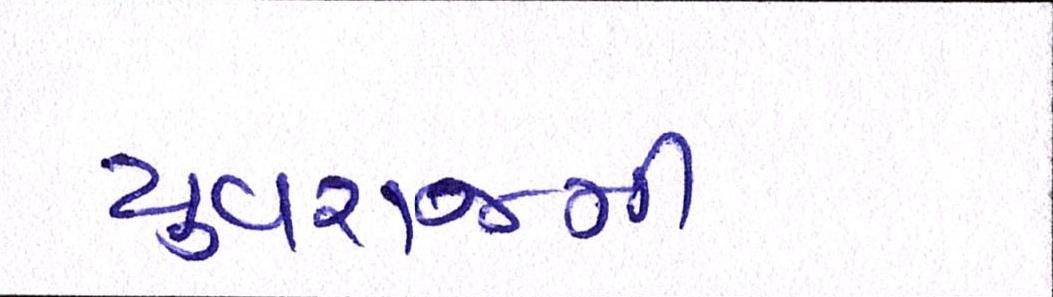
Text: યુવરાજની